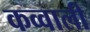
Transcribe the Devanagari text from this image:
कव्‍वाली